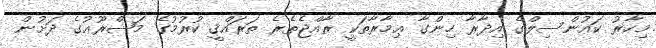
މިހާރު ކައުންސިލްގެ އިދާރާ ހިންގާ ޢިމާރާތަކީ ރާއްޖެތެރެ ތަރައްޤީ ކުރުމުގެ މަޝްރޫޢުގެ ދަށުން